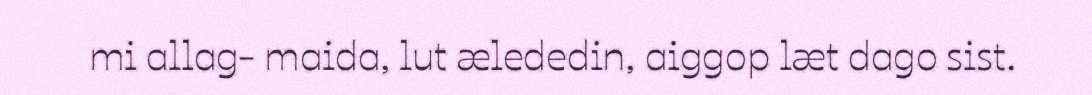
mi allag- maida, lut ælededin, aiggop læt dago sist.